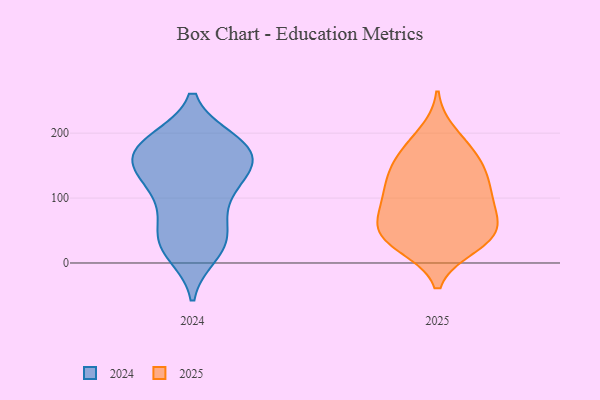
{"axis": {"x": "Active Users", "y": "Value"}, "legend": ["2024", "2025"], "data": [{"x": "", "y": 155, "type": "2025"}, {"x": "", "y": 99, "type": "2025"}, {"x": "", "y": 106, "type": "2025"}, {"x": "", "y": 40, "type": "2025"}, {"x": "", "y": 71, "type": "2025"}, {"x": "", "y": 51, "type": "2025"}, {"x": "", "y": 131, "type": "2025"}, {"x": "", "y": 70, "type": "2025"}, {"x": "", "y": 164, "type": "2025"}, {"x": "", "y": 46, "type": "2025"}, {"x": "", "y": 141, "type": "2025"}, {"x": "", "y": 26, "type": "2025"}, {"x": "", "y": 120, "type": "2025"}, {"x": "", "y": 42, "type": "2025"}, {"x": "", "y": 178, "type": "2025"}, {"x": "", "y": 27, "type": "2025"}, {"x": "", "y": 199, "type": "2025"}, {"x": "", "y": 93, "type": "2025"}, {"x": "", "y": 77, "type": "2024"}, {"x": "", "y": 101, "type": "2024"}, {"x": "", "y": 163, "type": "2024"}, {"x": "", "y": 22, "type": "2024"}, {"x": "", "y": 135, "type": "2024"}, {"x": "", "y": 15, "type": "2024"}, {"x": "", "y": 176, "type": "2024"}, {"x": "", "y": 136, "type": "2024"}, {"x": "", "y": 41, "type": "2024"}, {"x": "", "y": 32, "type": "2024"}, {"x": "", "y": 187, "type": "2024"}, {"x": "", "y": 187, "type": "2024"}, {"x": "", "y": 103, "type": "2024"}, {"x": "", "y": 41, "type": "2024"}, {"x": "", "y": 152, "type": "2024"}, {"x": "", "y": 188, "type": "2024"}, {"x": "", "y": 177, "type": "2024"}, {"x": "", "y": 162, "type": "2024"}, {"x": "", "y": 139, "type": "2024"}]}